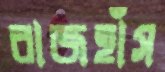
রাজহাঁস